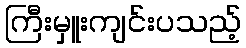
ကြီးမှူးကျင်းပသည့်